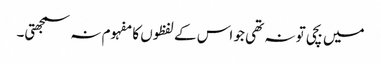
میں بچی تو نہ تھی جو اس کے لفظوں کا مفہوم نہ سمجھتی۔